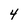
Character: 4